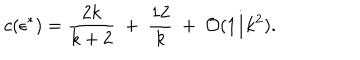
c ( \epsilon ^ { * } ) = { \frac { 2 k } { k + 2 } } ~ + ~ { \frac { 1 2 } { k } } ~ + ~ { \cal O } ( 1 / k ^ { 2 } ) .